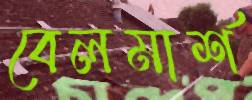
বেলমার্শ